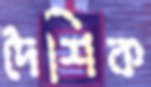
দৈশিক